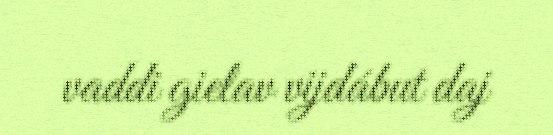
vaddi gielav vijdábut daj